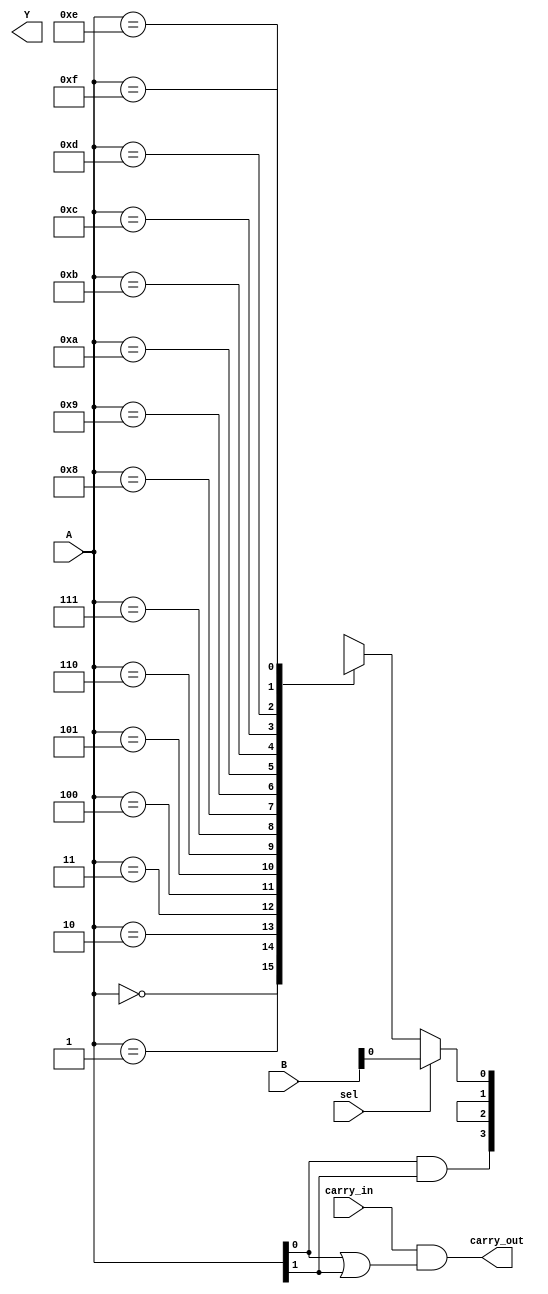
module CLB (
    input wire [3:0] A,        // 4-bit input
    input wire [3:0] B,        // 4-bit input for multiplexer
    input wire sel,            // Select signal for multiplexer
    input wire carry_in,       // Carry input for arithmetic operations
    output wire carry_out,     // Carry output for arithmetic operations
    output wire [3:0] Y        // 4-bit output
);

// Configuration memory for LUT (truth table)
reg [15:0] lut_config; // 16 entries for 4-input LUT

// Internal signals
wire [3:0] lut_out;
wire mux_out;

// 4-input LUT implementation
always @(*) begin
    case (A)
        4'b0000: lut_out = lut_config[0];
        4'b0001: lut_out = lut_config[1];
        4'b0010: lut_out = lut_config[2];
        4'b0011: lut_out = lut_config[3];
        4'b0100: lut_out = lut_config[4];
        4'b0101: lut_out = lut_config[5];
        4'b0110: lut_out = lut_config[6];
        4'b0111: lut_out = lut_config[7];
        4'b1000: lut_out = lut_config[8];
        4'b1001: lut_out = lut_config[9];
        4'b1010: lut_out = lut_config[10];
        4'b1011: lut_out = lut_config[11];
        4'b1100: lut_out = lut_config[12];
        4'b1101: lut_out = lut_config[13];
        4'b1110: lut_out = lut_config[14];
        4'b1111: lut_out = lut_config[15];
        default: lut_out = 4'b0000; // Default case
    endcase
end

// Multiplexer to select between LUT output and external input B
assign mux_out = sel ? B : lut_out;

// Example of additional logic (AND gate)
wire and_out;
assign and_out = A[0] & A[1];

// Carry logic (simple addition example)
assign carry_out = carry_in & (A[0] | A[1]);

// Final output
assign Y = {and_out, mux_out[2:0]}; // Combine AND output with MUX output

endmodule